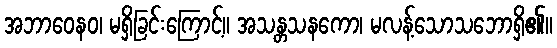
အဘာဝေနဝ၊ မရှိခြင်းကြောင့်။ အသန္တသနကော၊ မလန့်သောသဘောရှိ၏။